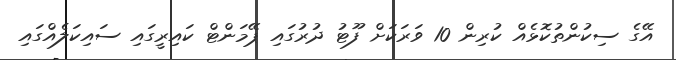
އޭގެ ސިކުންތުކޮޅެއް ކުރިން 10 ވަރަކަށް ފޫޓު ދުރުގައި ޕޭމަންޓް ކައިރީގައި ސައިކަލެއްގައި